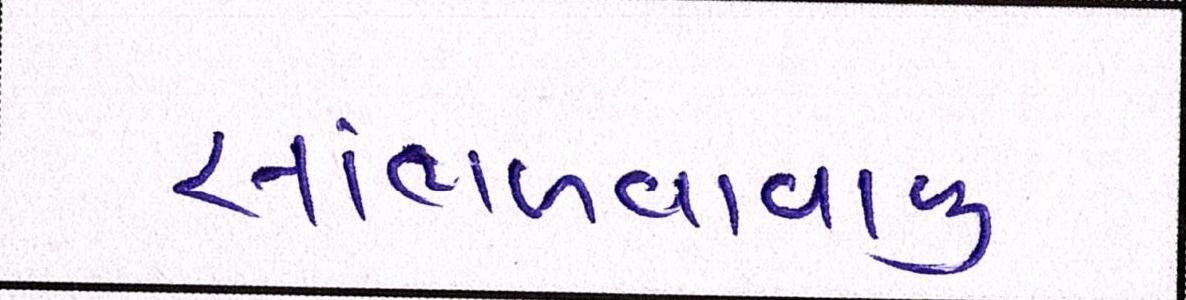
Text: સાંભળવાવાળુ